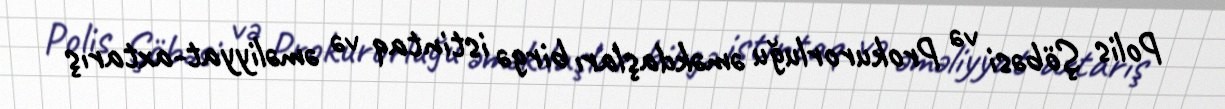
Polis Şöbəsi və Prokurorluğu əməkdaşları birgə istintaq və əməliyyat-axtarış